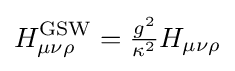
H_{\mu \nu \rho }^{\text{GSW}}={\tfrac {g^{2}}{\kappa ^{2}}}H_{\mu \nu \rho }